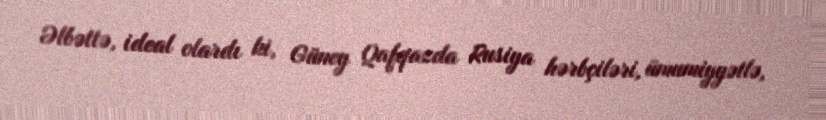
Əlbəttə, ideal olardı ki, Güney Qafqazda Rusiya hərbçiləri, ümumiyyətlə,